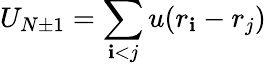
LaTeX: U_{N\pm1}=\sum_{\mathbf{i}<j}u(r_{\mathbf{i}}-r_{j})